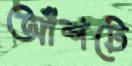
আঁশটে